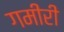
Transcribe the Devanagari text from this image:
गमीरी